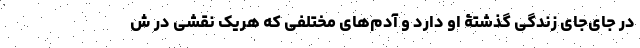
در جای‌جای زندگی گذشتۀ او دارد و آدم‌های مختلفی که هریک نقشی در ش